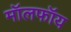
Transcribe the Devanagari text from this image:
मॉलफॉय